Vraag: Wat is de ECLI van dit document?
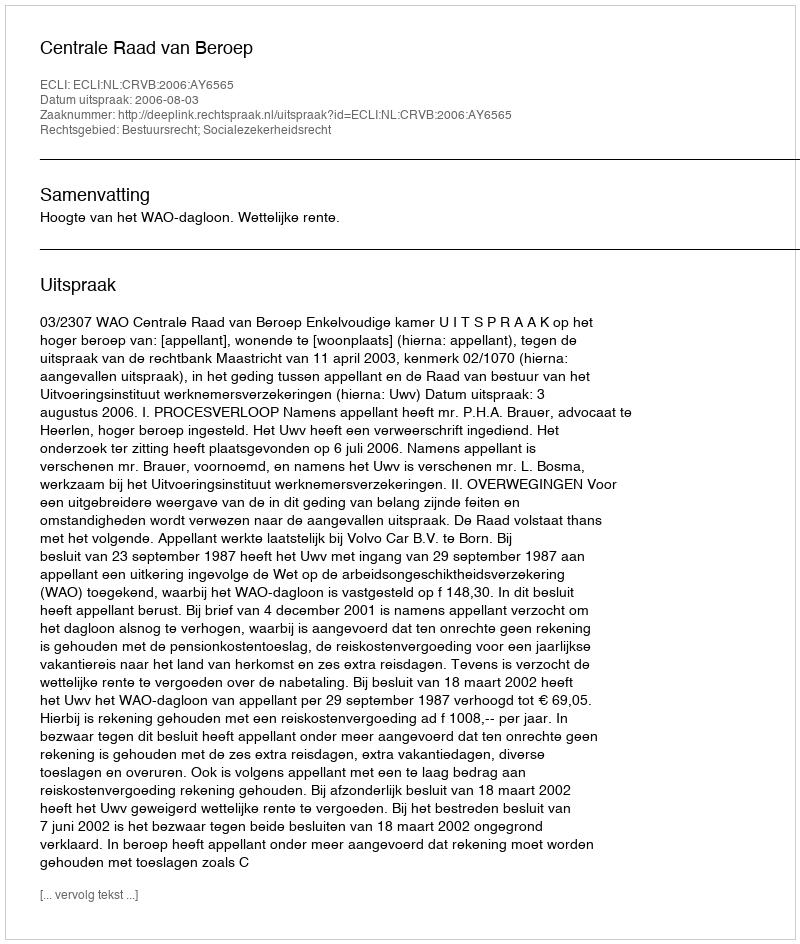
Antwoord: ECLI:NL:CRVB:2006:AY6565